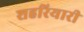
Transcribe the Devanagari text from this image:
शहरियारी